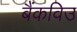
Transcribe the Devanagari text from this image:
बैंकविउ